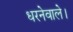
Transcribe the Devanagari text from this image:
धरनेवाले।